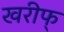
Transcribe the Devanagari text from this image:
खरीफ्